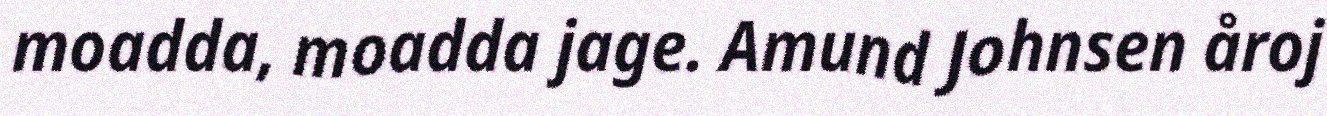
moadda, moadda jage. Amund Johnsen åroj